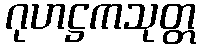
ဂုဟဋ္ဌကသုတ္တ